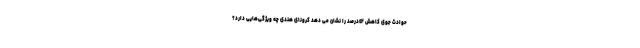
حوادث جوی کاهش ٤٢درصد را نشان می دهد کرونای هندی چه ویژگی‌هایی دارد؟